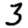
Digit: 3